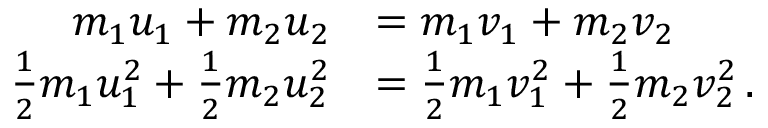
{ \begin{array} { r l } { m _ { 1 } u _ { 1 } + m _ { 2 } u _ { 2 } } & { = m _ { 1 } v _ { 1 } + m _ { 2 } v _ { 2 } } \\ { { \frac { 1 } { 2 } } m _ { 1 } u _ { 1 } ^ { 2 } + { \frac { 1 } { 2 } } m _ { 2 } u _ { 2 } ^ { 2 } } & { = { \frac { 1 } { 2 } } m _ { 1 } v _ { 1 } ^ { 2 } + { \frac { 1 } { 2 } } m _ { 2 } v _ { 2 } ^ { 2 } \, . } \end{array} }